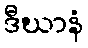
ဒီဃာနံ